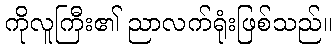
ကိုလူကြီး၏ ညာလက်ရုံးဖြစ်သည်။